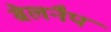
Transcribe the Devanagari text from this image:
बेलनैप